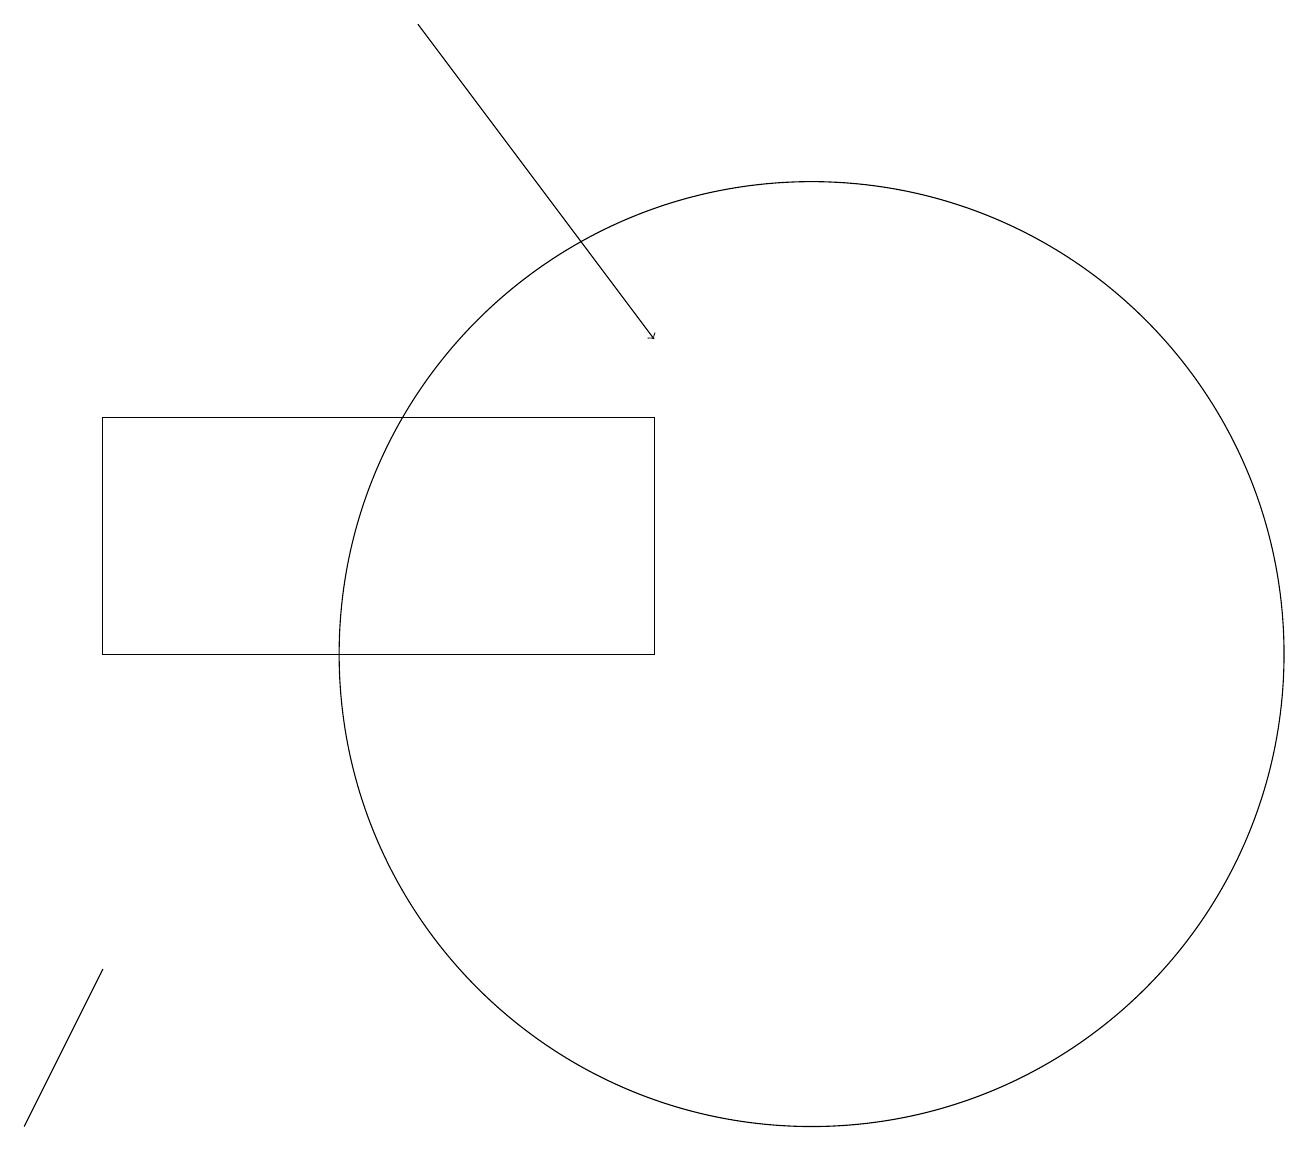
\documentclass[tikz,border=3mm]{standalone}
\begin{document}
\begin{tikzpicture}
\draw[->] (5,19) -- (8,15);
\draw (1,11) rectangle (7,11);
\draw (0,5) -- (1,7) -- (1,7) -- cycle;
\draw (1,14) rectangle (8,11);
\draw (10,11) circle (6);
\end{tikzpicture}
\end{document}